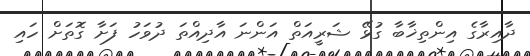
ދާއިރާގެ އިންތިޚާބާ ގުޅޭ ޝަރީއަތް އަންނަ އާދިއްތަ ދުވަހު ފަށާ ގޮތަށް ހައި